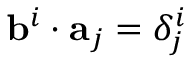
\mathbf { b } ^ { i } \cdot \mathbf { a } _ { j } = \delta _ { j } ^ { i }